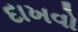
દાખવો